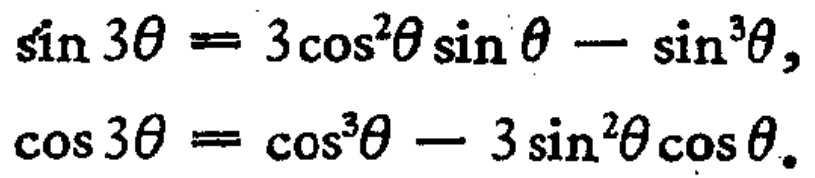
\(\sin 3\theta = 3\cos^{2}\theta \sin\theta - \sin^{3}\theta,\)

\(\cos 3\theta = \cos^{3}\theta - 3\sin^{2}\theta \cos\theta.\)